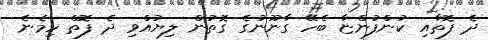
ދެ ފޮތާއި ކުންފުންޏާ ބެހޭ ގާނޫނުގެ ގޮތުން ލިޔުއްވި ދެ ފޮތް ހިމެނެ